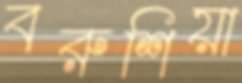
বরুশিয়া